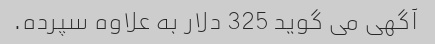
آگهی می گوید 325 دلار به علاوه سپرده.